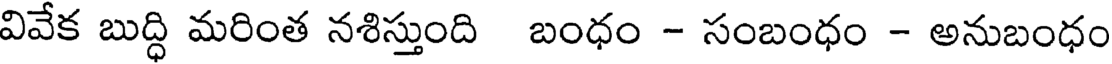
వివేక బుద్ధి మరింత నశిస్తుంది బంధం - సంబంధం - అనుబంధం